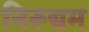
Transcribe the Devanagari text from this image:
निरूद्यम